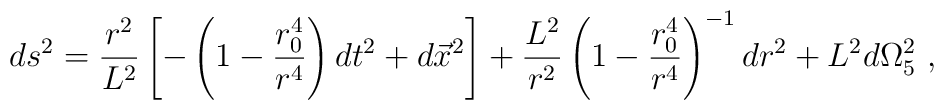
ds^2 = {r^2 \over L^2}     \left[ -  \left (1- {r_0^4\over r^4} \right )dt^2 + d\vec{x}^2 \right] +    {L^2 \over r^2}   \left  ( 1- {r_0^4\over r^4} \right )^{-1}  dr^2 + L^2 d\Omega_5^2 \ ,